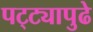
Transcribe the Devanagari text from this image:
पट्ट्यापुढे